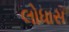
લોધાસ